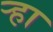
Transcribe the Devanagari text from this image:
र्‍हा